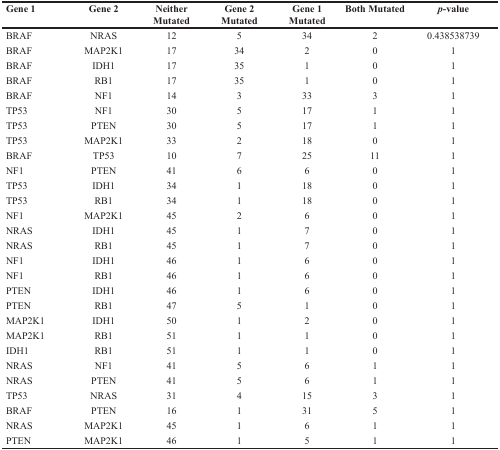
<table><thead><tr><td><b>Gene 1</b></td><td><b>Gene 2</b></td><td><b>NeitherMutated</b></td><td><b>Gene 2Mutated</b></td><td><b>Gene 1Mutated</b></td><td><b>Both Mutated</b></td><td><b><i>p</i>-value</b></td></tr></thead><tbody><tr><td>BRAF</td><td>NRAS</td><td>12</td><td>5</td><td>34</td><td>2</td><td>0.438538739</td></tr><tr><td>BRAF</td><td>MAP2K1</td><td>17</td><td>34</td><td>2</td><td>0</td><td>1</td></tr><tr><td>BRAF</td><td>IDH1</td><td>17</td><td>35</td><td>1</td><td>0</td><td>1</td></tr><tr><td>BRAF</td><td>RB1</td><td>17</td><td>35</td><td>1</td><td>0</td><td>1</td></tr><tr><td>BRAF</td><td>NF1</td><td>14</td><td>3</td><td>33</td><td>3</td><td>1</td></tr><tr><td>TP53</td><td>NF1</td><td>30</td><td>5</td><td>17</td><td>1</td><td>1</td></tr><tr><td>TP53</td><td>PTEN</td><td>30</td><td>5</td><td>17</td><td>1</td><td>1</td></tr><tr><td>TP53</td><td>MAP2K1</td><td>33</td><td>2</td><td>18</td><td>0</td><td>1</td></tr><tr><td>BRAF</td><td>TP53</td><td>10</td><td>7</td><td>25</td><td>11</td><td>1</td></tr><tr><td>NF1</td><td>PTEN</td><td>41</td><td>6</td><td>6</td><td>0</td><td>1</td></tr><tr><td>TP53</td><td>IDH1</td><td>34</td><td>1</td><td>18</td><td>0</td><td>1</td></tr><tr><td>TP53</td><td>RB1</td><td>34</td><td>1</td><td>18</td><td>0</td><td>1</td></tr><tr><td>NF1</td><td>MAP2K1</td><td>45</td><td>2</td><td>6</td><td>0</td><td>1</td></tr><tr><td>NRAS</td><td>IDH1</td><td>45</td><td>1</td><td>7</td><td>0</td><td>1</td></tr><tr><td>NRAS</td><td>RB1</td><td>45</td><td>1</td><td>7</td><td>0</td><td>1</td></tr><tr><td>NF1</td><td>IDH1</td><td>46</td><td>1</td><td>6</td><td>0</td><td>1</td></tr><tr><td>NF1</td><td>RB1</td><td>46</td><td>1</td><td>6</td><td>0</td><td>1</td></tr><tr><td>PTEN</td><td>IDH1</td><td>46</td><td>1</td><td>6</td><td>0</td><td>1</td></tr><tr><td>PTEN</td><td>RB1</td><td>47</td><td>5</td><td>1</td><td>0</td><td>1</td></tr><tr><td>MAP2K1</td><td>IDH1</td><td>50</td><td>1</td><td>2</td><td>0</td><td>1</td></tr><tr><td>MAP2K1</td><td>RB1</td><td>51</td><td>1</td><td>1</td><td>0</td><td>1</td></tr><tr><td>IDH1</td><td>RB1</td><td>51</td><td>1</td><td>1</td><td>0</td><td>1</td></tr><tr><td>NRAS</td><td>NF1</td><td>41</td><td>5</td><td>6</td><td>1</td><td>1</td></tr><tr><td>NRAS</td><td>PTEN</td><td>41</td><td>5</td><td>6</td><td>1</td><td>1</td></tr><tr><td>TP53</td><td>NRAS</td><td>31</td><td>4</td><td>15</td><td>3</td><td>1</td></tr><tr><td>BRAF</td><td>PTEN</td><td>16</td><td>1</td><td>31</td><td>5</td><td>1</td></tr><tr><td>NRAS</td><td>MAP2K1</td><td>45</td><td>1</td><td>6</td><td>1</td><td>1</td></tr><tr><td>PTEN</td><td>MAP2K1</td><td>46</td><td>1</td><td>5</td><td>1</td><td>1</td></tr></tbody></table>